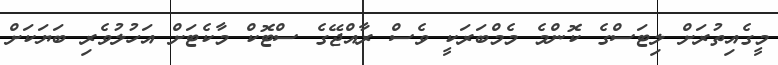
މީގެއިތުރަށް ލިޓަސްގެ ކޮންމެ މެމްބަރަކީ ވެސް ރާއްޖޭގެ ސްޓޮކް މާކެޓަށް އަހުލުވެރި ބަޔަކަށް